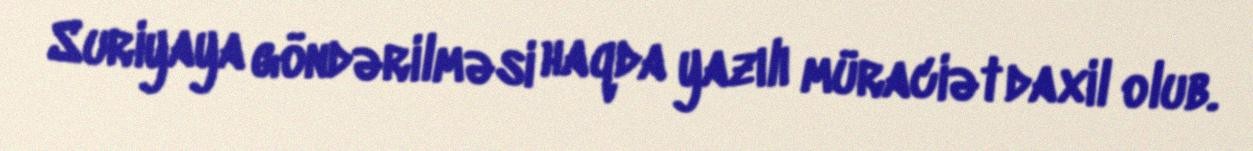
Suriyaya göndərilməsi haqda yazılı müraciət daxil olub.